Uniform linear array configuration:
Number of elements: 12
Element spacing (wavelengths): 0.25
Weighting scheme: hann
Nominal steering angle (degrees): -30
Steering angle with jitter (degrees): -31.609
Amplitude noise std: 0.05
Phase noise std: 0.05

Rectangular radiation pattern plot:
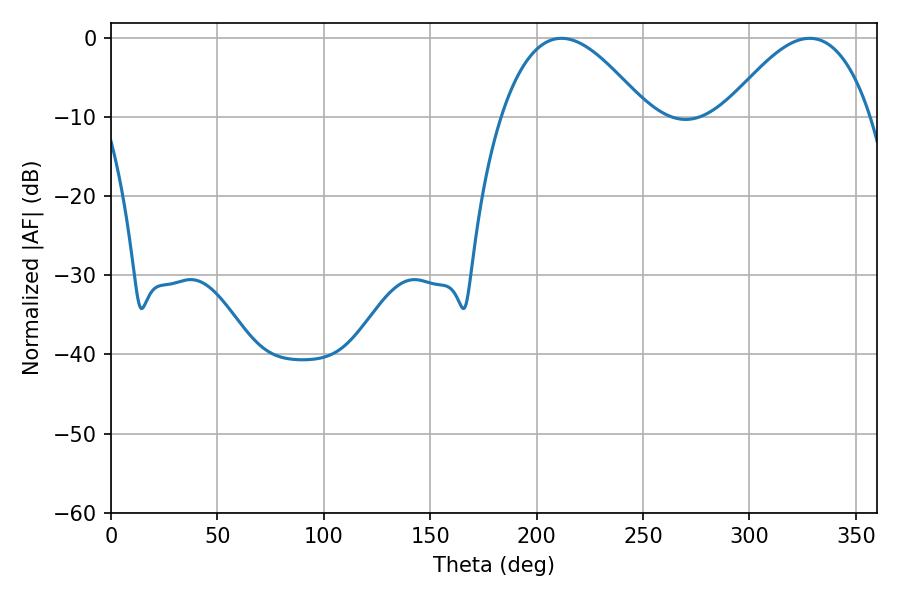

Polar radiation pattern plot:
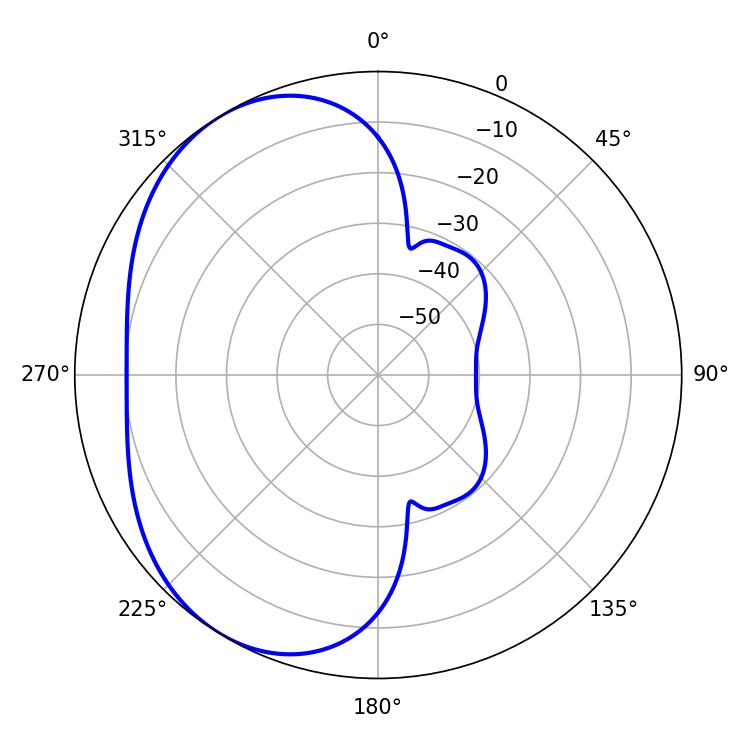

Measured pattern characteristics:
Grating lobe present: FALSE
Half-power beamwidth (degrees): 37.44
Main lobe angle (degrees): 211.68